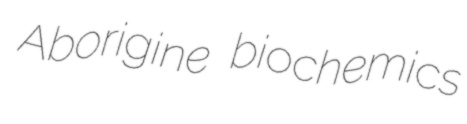
Aborigine biochemics